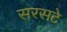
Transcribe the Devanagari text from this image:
सरसटे